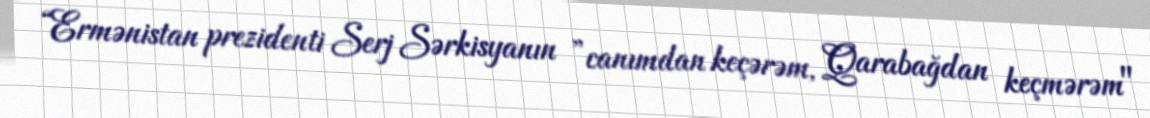
“Ermənistan prezidenti Serj Sərkisyanın ”canımdan keçərəm, Qarabağdan keçmərəm"